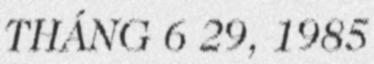
THÁNG 6 29, 1985